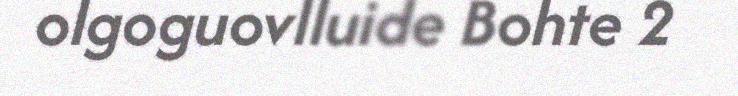
olgoguovlluide Bohte 2